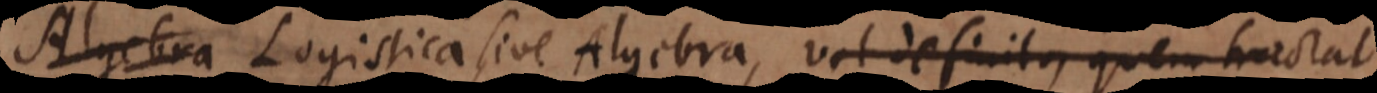
Logistica sive Algebra, vel definito, quem tractat